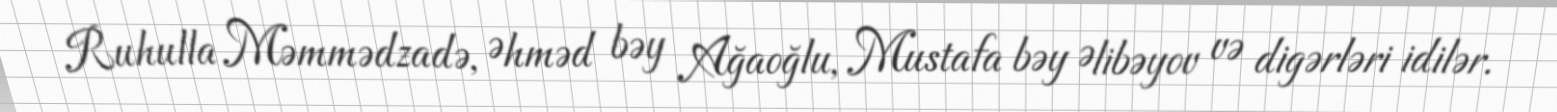
Ruhulla Məmmədzadə, Əhməd bəy Ağaoğlu, Mustafa bəy Əlibəyov və digərləri idilər.